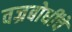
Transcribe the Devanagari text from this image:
वज्रबोधींचे